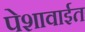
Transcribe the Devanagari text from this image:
पेशावाईत